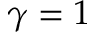
\gamma = 1